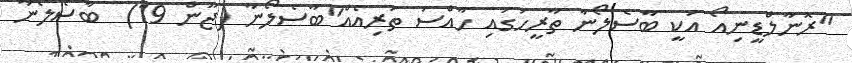
"ރޮނާލްޑީނިއޯ އަކީ ބާސެލޯނާ ތާރީހުގައި ހާއްސަ ތަރިއެއް"ބާސެލޯނާ (ޖޫން 19)  ބާސެލޯނާ